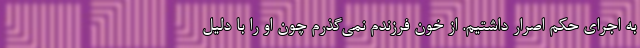
به اجرای حکم اصرار داشتیم. از خون فرزندم نمی‌گذرم چون او را با دلیل